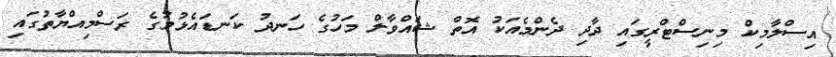
އިސްލާމިކް މިނިސްޓްރީގައި ދާދި ދެންމެއަކު އޮތް ޝައްވާލް މަހުގެ ހަނދު ކަނޑައެޅުމުގެ ރަސްމިއްޔާތުގައި